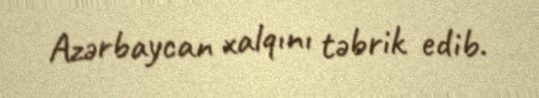
Azərbaycan xalqını təbrik edib.